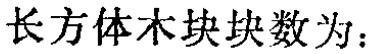
长方体木块块数为：